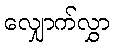
လျှောက်လွှာ